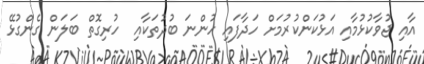
އާއި ޖުވާކުޅުމާއި އަޅުކަންކުރުމަށް ހަދާފައި ހުންނަ ބުދުތަކާއި  ހުރިގޮތް ބަލަން ގެންގުޅޭ